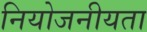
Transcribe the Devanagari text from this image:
नियोजनीयता